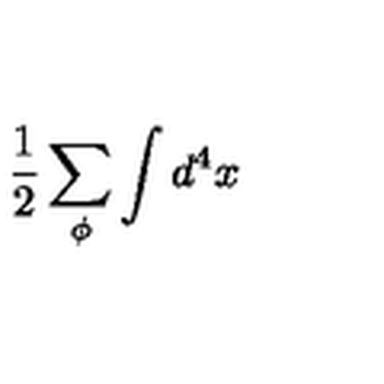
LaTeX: \frac { 1 } { 2 } \sum _ { \phi } \int d ^ { 4 } x \protect